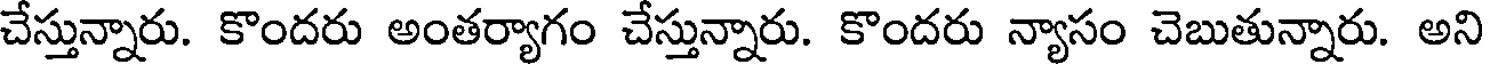
చేస్తున్నారు. కొందరు అంతర్యాగం చేస్తున్నారు. కొందరు న్యాసం చెబుతున్నారు. అని